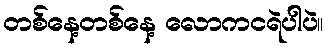
တစ်နေ့တစ်နေ့ လောကငရဲပါပဲ။